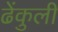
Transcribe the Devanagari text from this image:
ढेंकुली